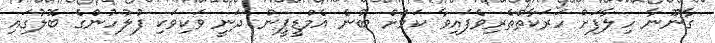
ގާނޫނާ ހިލާފަށް ހަރަކާތްތެރިވެފައިވާ ކަމަށް ބުނެ އެމްޑީޕީން ދަނީ ވަކިވަކި ފުލުހުންގެ ބޮލުގައި